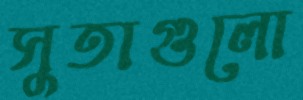
সুতাগুলো